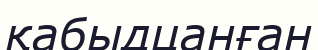
қабыдцанған